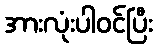
အားလုံးပါဝင်ပြီး